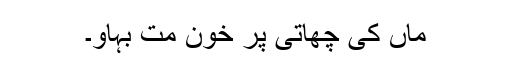
ماں کی چھاتی پر خون مت بہاؤ۔